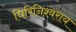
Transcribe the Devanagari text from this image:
धिरिनिश्वराय